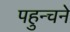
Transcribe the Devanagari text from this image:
पहुन्चने